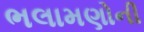
ભલામણોની